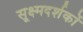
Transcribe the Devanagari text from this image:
सूक्ष्मदर्शकों